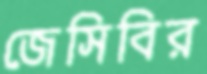
জেসিবির